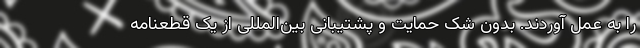
را به عمل آوردند. بدون شک حمایت و پشتیبانی بین‌المللی از یک قطعنامه